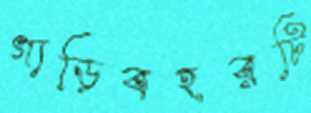
গাড়িবহরটি